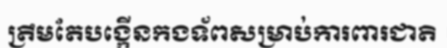
ត្រឹមតែបង្កើនកងទ័ពសម្រាប់ការពារជាតិ